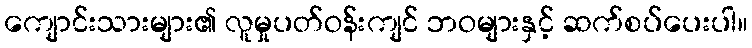
ကျောင်းသားများ၏ လူမှုပတ်ဝန်းကျင် ဘဝများနှင့် ဆက်စပ်ပေးပါ။